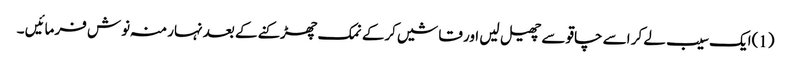
(1)ایک سیب لے کر اسے چاقو سے چھیل لیں اور قاشیں کرکے نمک چھڑکنے کے بعد نہار منہ نوش فرمائیں ۔